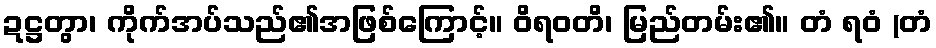
ဍဋ္ဌတွာ၊ ကိုက်အပ်သည်၏အဖြစ်ကြောင့်။ ဝိရဝတိ၊ မြည်တမ်း၏။ တံ ရဝံ (တံ